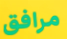
مرافق